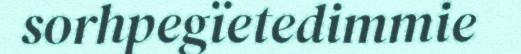
sorhpegïetedimmie